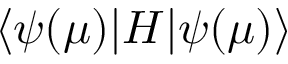
\ensuremath { \langle \psi ( \mu ) \vert } H \ensuremath { \vert \psi ( \mu ) \rangle }